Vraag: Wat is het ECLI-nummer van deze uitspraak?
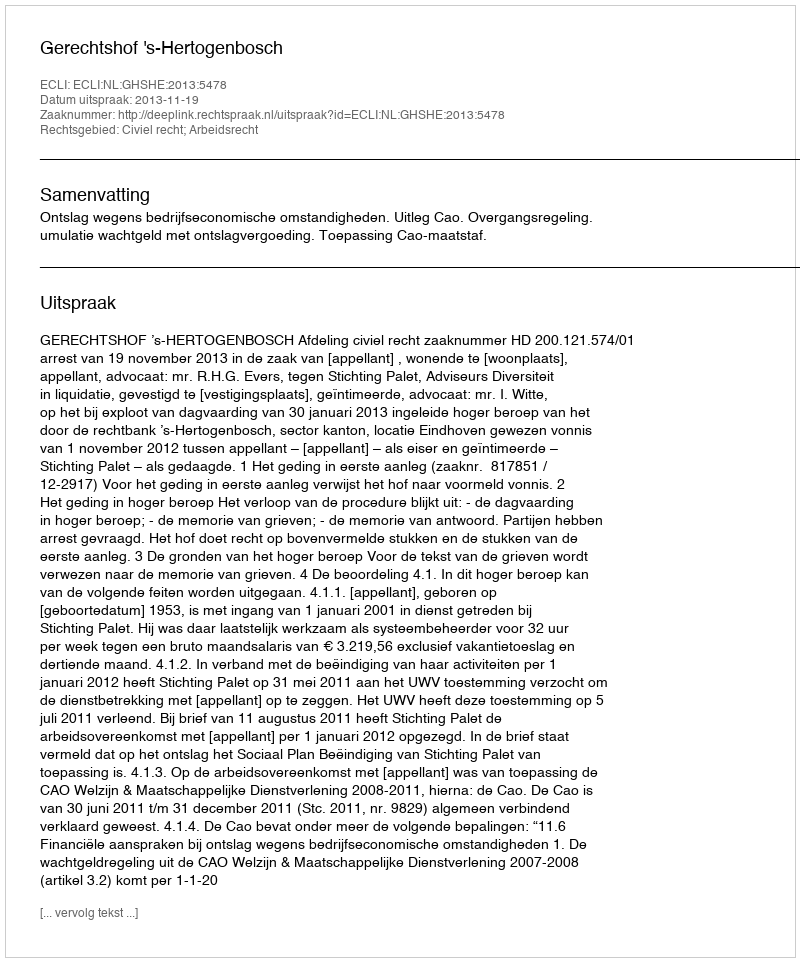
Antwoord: ECLI:NL:GHSHE:2013:5478